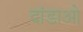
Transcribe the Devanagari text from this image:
दांडाओ